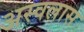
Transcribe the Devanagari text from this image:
अस्वलास